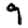
Digit: 9